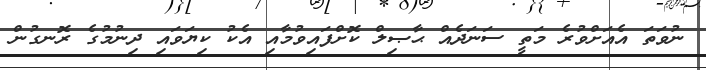
ނުވަތަ އެއަށްވުރެ މަތީ ސަނަދެއް ޙާޞިލް ކޮށްފައިވުމާއި އެކު ކިޔަވައި ދިނުމުގެ ރޮނގުން